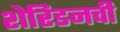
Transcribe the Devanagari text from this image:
शेरिडनची